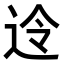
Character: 𮞊